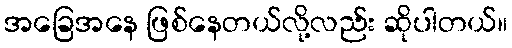
အခြေအနေ ဖြစ်နေတယ်လို့လည်း ဆိုပါတယ်။